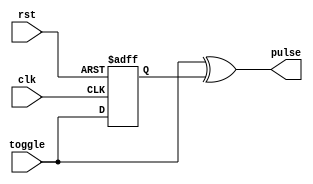
// This program was cloned from: https://github.com/DigitalDesignSchool/ce2020labs
// License: MIT License

module toggle_to_pulse
(
    input  clk,
    input  rst,
    input  toggle,
    output pulse
);

    reg r_toggle;

    always @ (posedge clk or posedge rst)
        if (rst)
            r_toggle <= 0;
        else
            r_toggle <= toggle;

    assign pulse = toggle ^ r_toggle;

endmodule